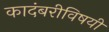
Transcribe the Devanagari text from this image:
कादंबरीविषयी